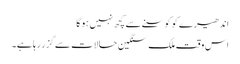
اَندھیر ے کو کوسنے سے کچھ نہیں ہوگا
اس وقت ملک سنگین حالات سے گزر رہا ہے۔